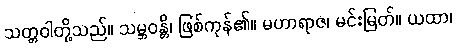
သတ္တဝါတို့သည်။ သမ္ဘဝန္တိ၊ ဖြစ်ကုန်၏။ မဟာရာဇ၊ မင်းမြတ်။ ယထာ၊